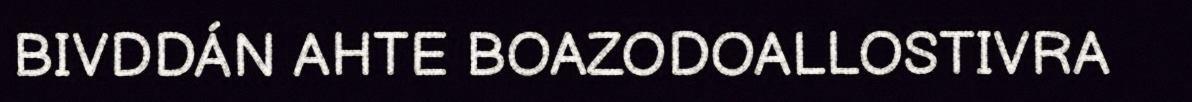
BIVDDÁN AHTE BOAZODOALLOSTIVRA